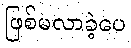
ဖြစ်မလာခဲ့ပေ